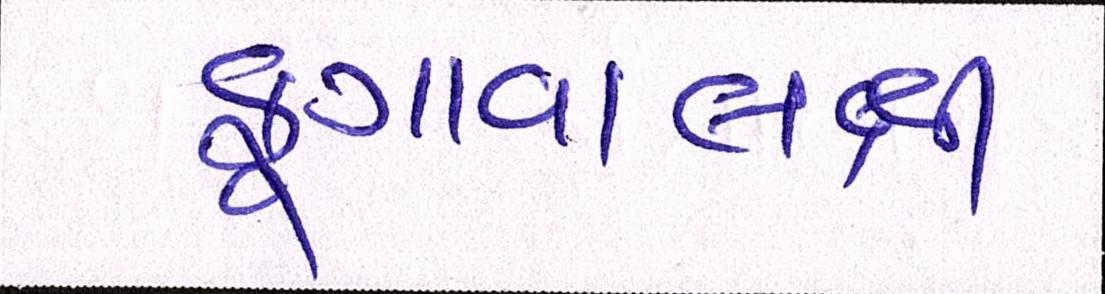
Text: ફુગાવાલક્ષી